Annual administration report of the Civil Veterinary Department of India - 1902-1903
Year: 1902
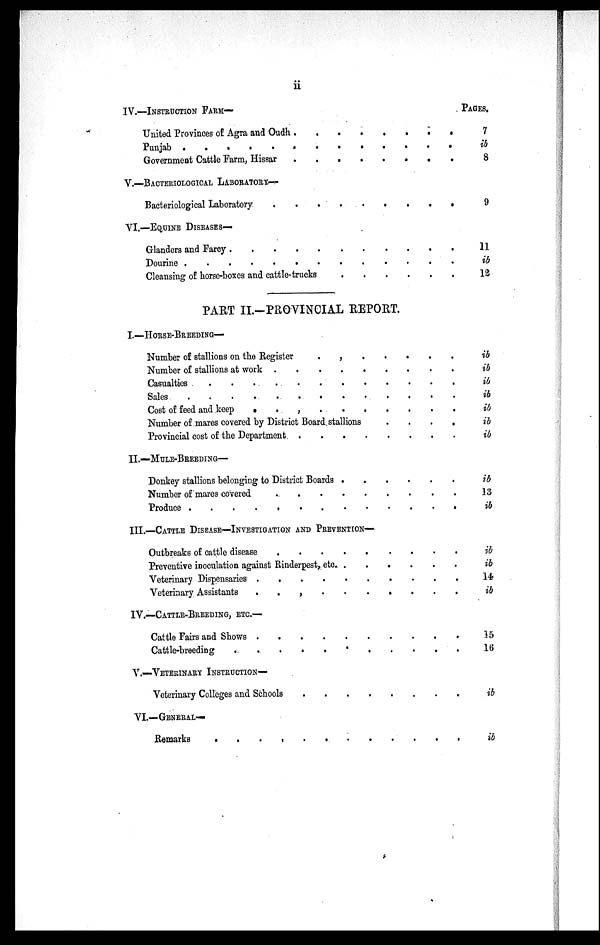
ii
IV.—INSTRUCTION
FARM—
United Provinces of Agra and Oudh .
.
.
.
.
.
.
.
Punjab . . . . . . . . . . . . . .
Government Cattle Farm, Hissar
.
.
.
.
.
.
.
.
V.—BACTERIOLOGICAL
LABORATORY—
Bacteriological Laboratory . . . . . . . . .
VI.—EQUINE DISEASES—
Gland and Farcy . . . . . . . . . . .
Dourine . . . . . . . . . . . . .
Cleansing of horse-boxes and cattle-trucks
.
.
.
.
.
.
PART II.—PROVINCIAL REPORT.
I.—HORSE-BREEDING—
Number of stallions on the Register
.
.
.
.
.
.
.
Number of stallions at works . . . . . . . . .
Casualties . . . . . . . . . . . .
Sales . . . . . . . . . . . . .
Cost of feed and keep
.
.
.
.
.
.
.
. . .
Number of mares covered by District Board stallions
.
.
.
.
Provincial cost of the Departmant . . . . . . . .
II.—MULE-BREEDING—
Donkey stallions belonging to District Boards .
.
.
.
.
.
Number of mares covered . . . . . . . . .
Produce . . . . . . . . . . . . .
III.—CATTLE DISEASE—INVESTIGATION AND PREVENTION—
Outbreaks of cattle disease
.
.
.
.
.
.
.
.
.
Preventive inoculation against Rinderpest, etc. .
.
.
.
.
.
Veterinary Dispensaries . . . . . . . . . .
Veterinary Assistants . . . . . . . . . . .
IV.—CATTLE-BREEDING, ETC.—
Cattle Fairs and Shows . . . . . . . . . . . . . .
Cattle-breeding
.
.
.
.
.
.
.
.
.
.
.
.
.
.
V.—VETERINARY INSTRUCTION—
Veterinary Colleges and Schools . . . . . . . . . . .
VI.—GENERAL—
Remarks . . . . . . . . . . . . . .
PAGES.
7
ib
8
9
11
ib
12
ib
ib
ib
ib
ib
ib
ib
ib
13
ib
ib
ib
14
ib
15
16
ib
ib